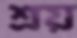
শ্রয়